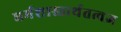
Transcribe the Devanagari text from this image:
धर्मशास्तार्थतत्वज्ञ